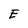
Character: E